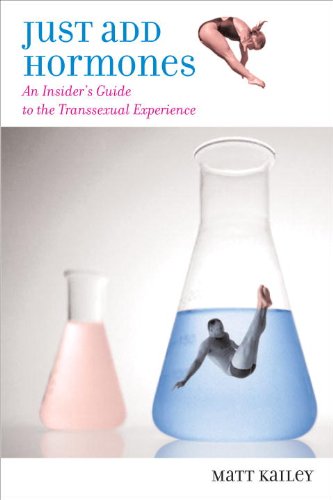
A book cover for Just Add Hormones: An Insider's Guide to the Transsexual Experience; Matt Kailey; Gay & Lesbian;